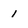
Character: l